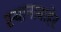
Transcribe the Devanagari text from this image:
स्थानाबाहेर